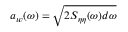
a _ { w } ( \omega ) = \sqrt { 2 S _ { \eta \eta } ( \omega ) d \omega }